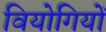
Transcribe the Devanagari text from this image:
वियोगियों